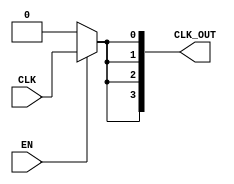
module skew_optimized_clock_buffer (
    input wire CLK,        // Input clock signal
    input wire EN,        // Enable signal
    output wire [3:0] CLK_OUT // Output clock signals (4 outputs for example)
);

    // Internal signals for buffering
    wire clk_buf;
    wire clk_out_buf[3:0];

    // Input stage: Buffer the input clock signal
    // This can be a simple inverter or a more complex buffer depending on the technology
    assign clk_buf = CLK; // In a real design, this would be a buffer instance

    // Distribution network: Balanced tree structure to minimize skew
    // Here we use a simple fanout approach for demonstration
    assign clk_out_buf[0] = EN ? clk_buf : 1'b0;
    assign clk_out_buf[1] = EN ? clk_buf : 1'b0;
    assign clk_out_buf[2] = EN ? clk_buf : 1'b0;
    assign clk_out_buf[3] = EN ? clk_buf : 1'b0;

    // Output stage: Drive the output signals
    assign CLK_OUT[0] = clk_out_buf[0]; // Output 0
    assign CLK_OUT[1] = clk_out_buf[1]; // Output 1
    assign CLK_OUT[2] = clk_out_buf[2]; // Output 2
    assign CLK_OUT[3] = clk_out_buf[3]; // Output 3

endmodule